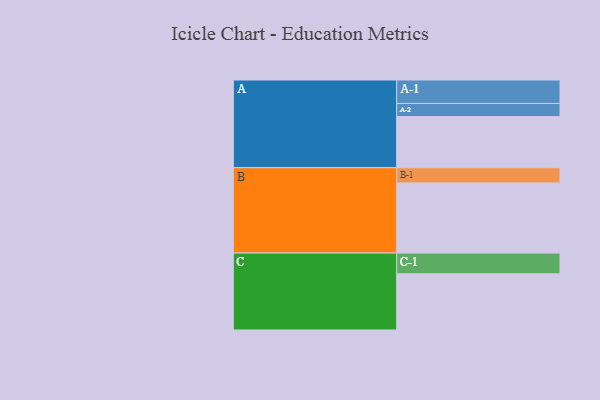
{"axis": {"x": "Segment", "y": "Value"}, "legend": ["", "A", "B", "C"], "data": [{"x": "A", "y": 303, "type": ""}, {"x": "B", "y": 416, "type": ""}, {"x": "C", "y": 333, "type": ""}, {"x": "A-1", "y": 139, "type": "A"}, {"x": "A-2", "y": 78, "type": "A"}, {"x": "B-1", "y": 90, "type": "B"}, {"x": "C-1", "y": 123, "type": "C"}]}